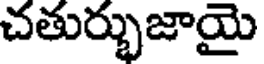
చతుర్భుజాయై